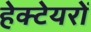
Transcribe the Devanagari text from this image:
हेक्टेयरों